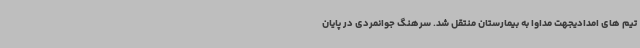
تیم های امدادیجهت مداوا به بیمارستان منتقل شد. سرهنگ جوانمردی در پایان